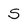
Character: S